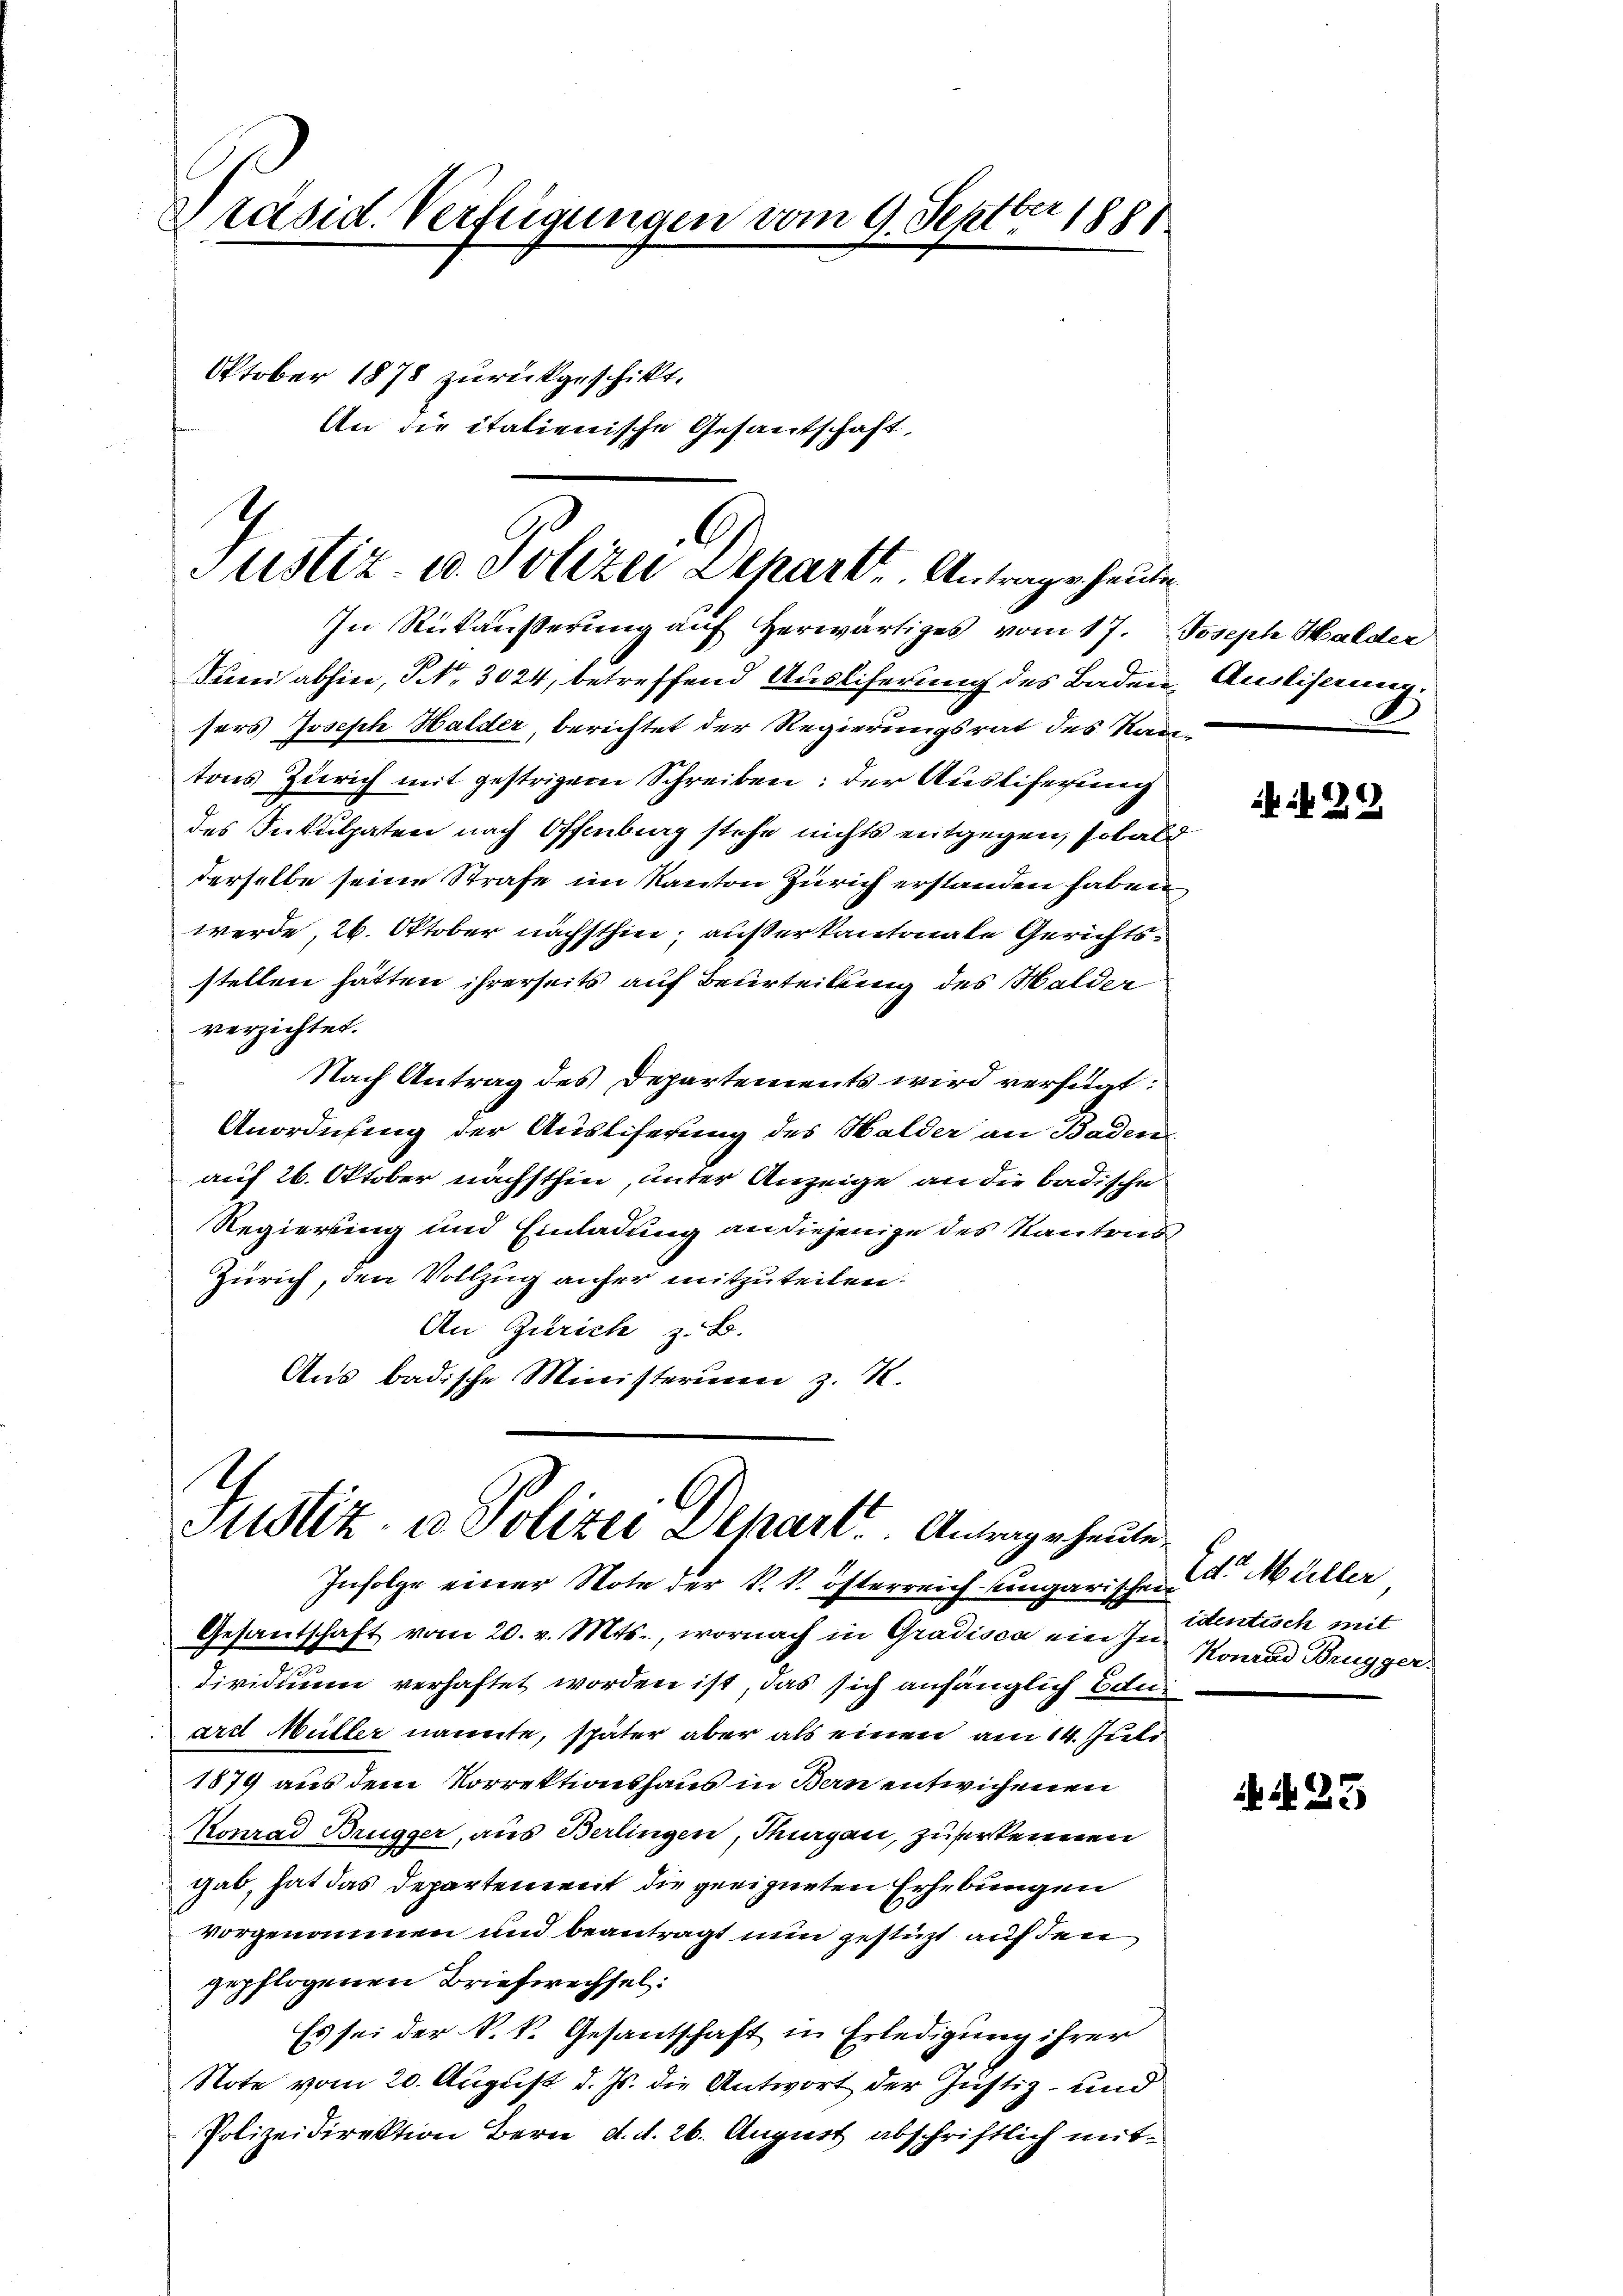
Präsid. Verfügungen vom 9. Septbr 1881

Oktober 1878 zurückgeschikt.
An die italienische Gesandschaft,

C
Justiz- u. Polizei Departe. Antrage heute

In Rütäußerung auf herwärtiges vom 17. Joseph Halder
duni abhin, S. 3024, betreffend Auslieferung des Baden Ausliserung
sers Joseph Halder, berichtet der Regierungsrat des Kantons Zürich mit gestrigem Schreiben: der Auslieferung
des Inkulpaten nach Offenburg stehe nichts entgegen, sobald
derselbe seine Strafe im Kanton Zürich erstanden haben
werde, 26. Oktober nächsthin, außer kantonale Gerichtsstellen hätten ihrerseits auf Beurteilung des Walder
verzichtet.
Nach Antrag des Departements wird verfügt:
Anordnung der Auslieferung des Walder an Baden.
auf 26. Oktober nächsthin, unter Anzeige an die badische
Regierung und Einladung an diejenige des Kantons
Zürich, den Vollzug anher mitzuteilen.
An Zürich z. B.
Aus badische Ministerium z. K.

Justiz- u Polizei Depart. Antrage heute
Infolge einer Note der k. k. österreich-ungarischen d. Müller

Gesantschaft vom 20. v. Mts., wornach in Gradisca ein in Sentisch mit
dividuum verhaftet worden ist, das sich anfänglich Eduart Müller nannte, später aber als einen am 14. Juli
1879 aus dem Vorrektionshaus in Bern entwichenen
Konrad Brügger, aus Berlingen, Thurgau, zuerkennen
gab, hat das Departement die geeigneten Erhebungen
vorgenommen und beantragt nun gestüzt auf den
gepflogenen Briefwechsel:
Es sei der k. k. Gesantschaft in Erledigung ihrer
Note vom 20. August d. Js. die Antwort der Justiz- und
Polizeidirektion Bern d. d. 26. August abschriftlich mit¬

29

Konrad Brugger

N. 25